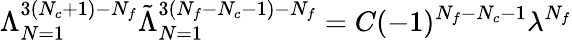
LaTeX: \Lambda_{N=1}^{3(N_{c}+1)-N_{f}}\tilde{\Lambda}_{N=1}^{3(N_{f}-N_{c}-1)-N_{f}}=C(-1)^{N_{f}-N_{c}-1}\lambda^{N_{f}}